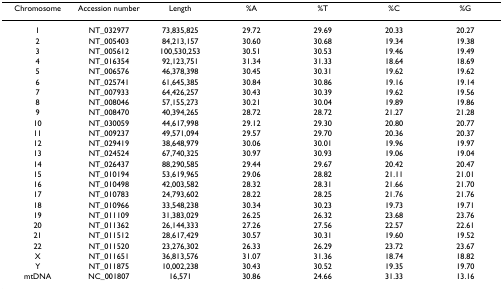
<table><thead><tr><td><b>Chromosome</b></td><td><b>Accession number</b></td><td><b>Length</b></td><td><b>%A</b></td><td><b>%T</b></td><td><b>%C</b></td><td><b>%G</b></td></tr></thead><tbody><tr><td>1</td><td>NT_032977</td><td>73,835,825</td><td>29.72</td><td>29.69</td><td>20.33</td><td>20.27</td></tr><tr><td>2</td><td>NT_005403</td><td>84,213,157</td><td>30.60</td><td>30.68</td><td>19.34</td><td>19.38</td></tr><tr><td>3</td><td>NT_005612</td><td>100,530,253</td><td>30.51</td><td>30.53</td><td>19.46</td><td>19.49</td></tr><tr><td>4</td><td>NT_016354</td><td>92,123,751</td><td>31.34</td><td>31.33</td><td>18.64</td><td>18.69</td></tr><tr><td>5</td><td>NT_006576</td><td>46,378,398</td><td>30.45</td><td>30.31</td><td>19.62</td><td>19.62</td></tr><tr><td>6</td><td>NT_025741</td><td>61,645,385</td><td>30.84</td><td>30.86</td><td>19.16</td><td>19.14</td></tr><tr><td>7</td><td>NT_007933</td><td>64,426,257</td><td>30.43</td><td>30.39</td><td>19.62</td><td>19.56</td></tr><tr><td>8</td><td>NT_008046</td><td>57,155,273</td><td>30.21</td><td>30.04</td><td>19.89</td><td>19.86</td></tr><tr><td>9</td><td>NT_008470</td><td>40,394,265</td><td>28.72</td><td>28.72</td><td>21.27</td><td>21.28</td></tr><tr><td>10</td><td>NT_030059</td><td>44,617,998</td><td>29.12</td><td>29.30</td><td>20.80</td><td>20.77</td></tr><tr><td>11</td><td>NT_009237</td><td>49,571,094</td><td>29.57</td><td>29.70</td><td>20.36</td><td>20.37</td></tr><tr><td>12</td><td>NT_029419</td><td>38,648,979</td><td>30.06</td><td>30.01</td><td>19.96</td><td>19.97</td></tr><tr><td>13</td><td>NT_024524</td><td>67,740,325</td><td>30.97</td><td>30.93</td><td>19.06</td><td>19.04</td></tr><tr><td>14</td><td>NT_026437</td><td>88,290,585</td><td>29.44</td><td>29.67</td><td>20.42</td><td>20.47</td></tr><tr><td>15</td><td>NT_010194</td><td>53,619,965</td><td>29.06</td><td>28.82</td><td>21.11</td><td>21.01</td></tr><tr><td>16</td><td>NT_010498</td><td>42,003,582</td><td>28.32</td><td>28.31</td><td>21.66</td><td>21.70</td></tr><tr><td>17</td><td>NT_010783</td><td>24,793,602</td><td>28.22</td><td>28.25</td><td>21.76</td><td>21.76</td></tr><tr><td>18</td><td>NT_010966</td><td>33,548,238</td><td>30.34</td><td>30.23</td><td>19.73</td><td>19.71</td></tr><tr><td>19</td><td>NT_011109</td><td>31,383,029</td><td>26.25</td><td>26.32</td><td>23.68</td><td>23.76</td></tr><tr><td>20</td><td>NT_011362</td><td>26,144,333</td><td>27.26</td><td>27.56</td><td>22.57</td><td>22.61</td></tr><tr><td>21</td><td>NT_011512</td><td>28,617,429</td><td>30.57</td><td>30.31</td><td>19.60</td><td>19.52</td></tr><tr><td>22</td><td>NT_011520</td><td>23,276,302</td><td>26.33</td><td>26.29</td><td>23.72</td><td>23.67</td></tr><tr><td>X</td><td>NT_011651</td><td>36,813,576</td><td>31.07</td><td>31.36</td><td>18.74</td><td>18.82</td></tr><tr><td>Y</td><td>NT_011875</td><td>10,002,238</td><td>30.43</td><td>30.52</td><td>19.35</td><td>19.70</td></tr><tr><td>mtDNA</td><td>NC_001807</td><td>16,571</td><td>30.86</td><td>24.66</td><td>31.33</td><td>13.16</td></tr></tbody></table>